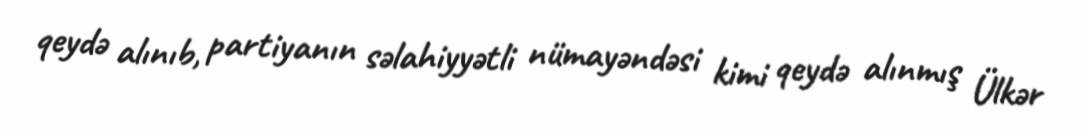
qeydə alınıb, partiyanın səlahiyyətli nümayəndəsi kimi qeydə alınmış Ülkər